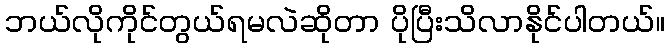
ဘယ်လိုကိုင်တွယ်ရမလဲဆိုတာ ပိုပြီးသိလာနိုင်ပါတယ်။